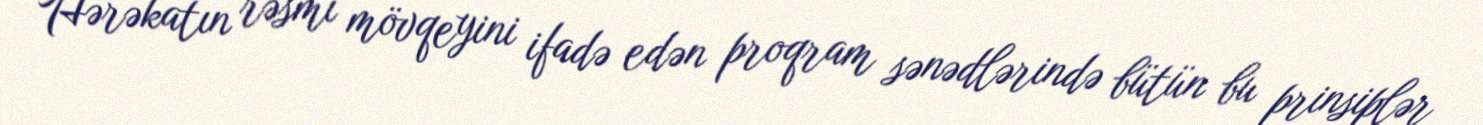
Hərəkatın rəsmi mövqeyini ifadə edən proqram sənədlərində bütün bu prinsiplər